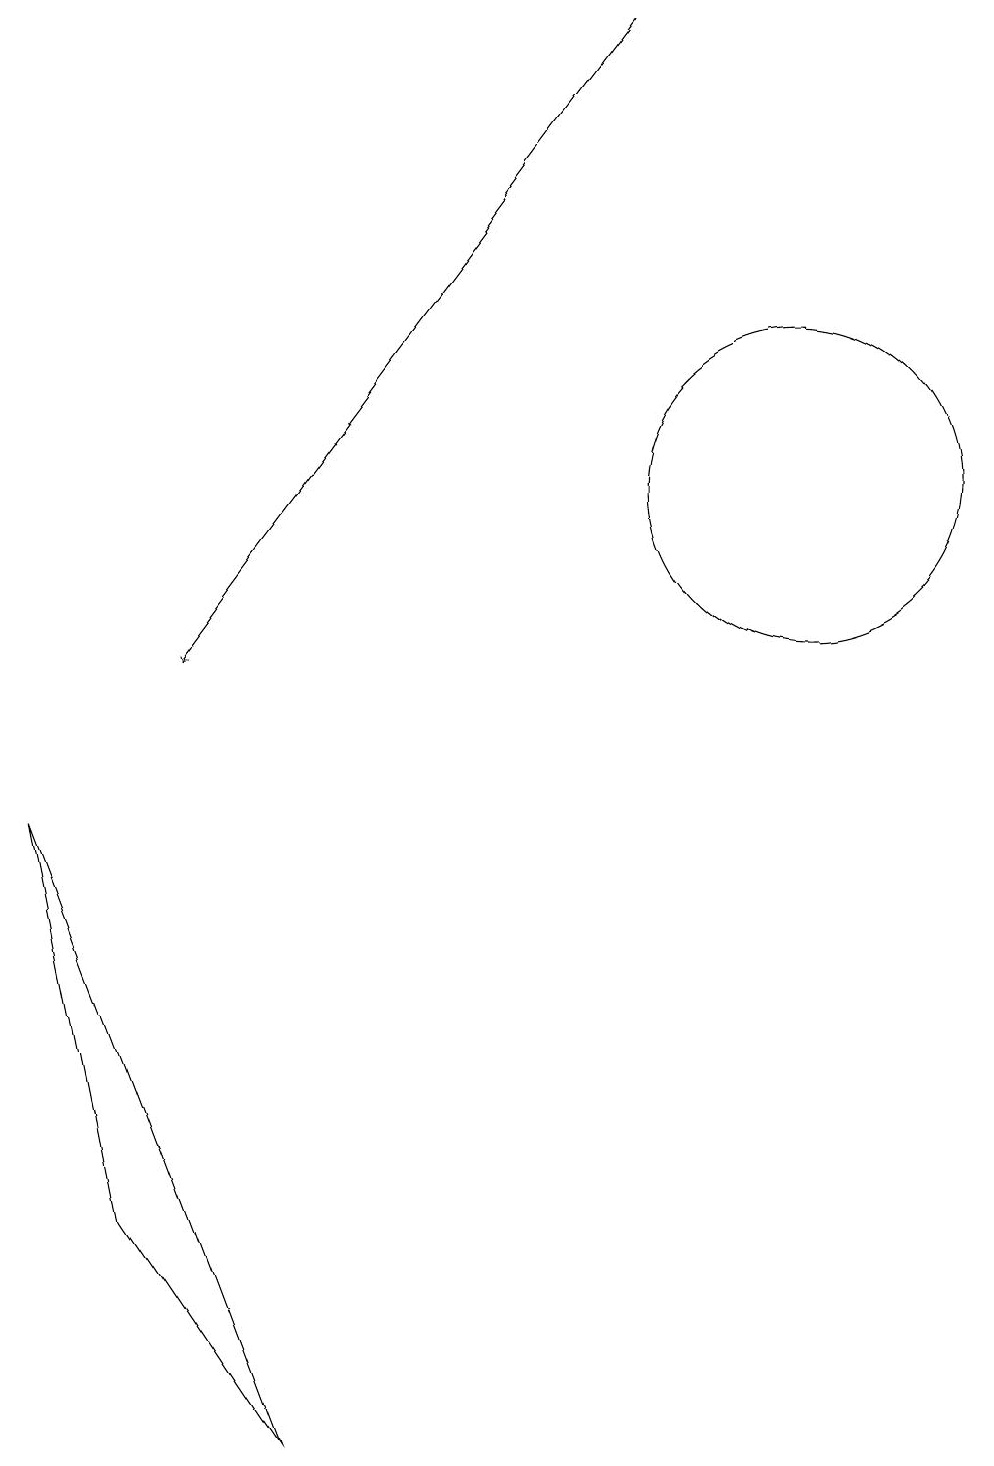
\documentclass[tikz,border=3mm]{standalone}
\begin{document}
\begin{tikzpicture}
\draw[->] (8,18) -- (2,10);
\draw (0,8) -- (3,0) -- (1,3) -- cycle;
\draw (10,12) circle (2);
\draw (11,10) circle (0);
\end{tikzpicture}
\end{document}